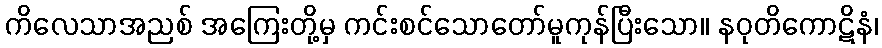
ကိလေသာအညစ် အကြေးတို့မှ ကင်းစင်သောတော်မူကုန်ပြီးသော။ နဝုတိကောဋိနံ၊